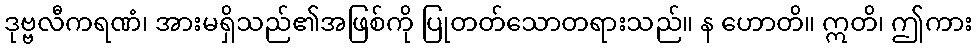
ဒုဗ္ဗလီကရဏံ၊ အားမရှိသည်၏အဖြစ်ကို ပြုတတ်သောတရားသည်။ န ဟောတိ။ ဣတိ၊ ဤကား